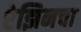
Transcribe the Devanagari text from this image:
रेझिनचा